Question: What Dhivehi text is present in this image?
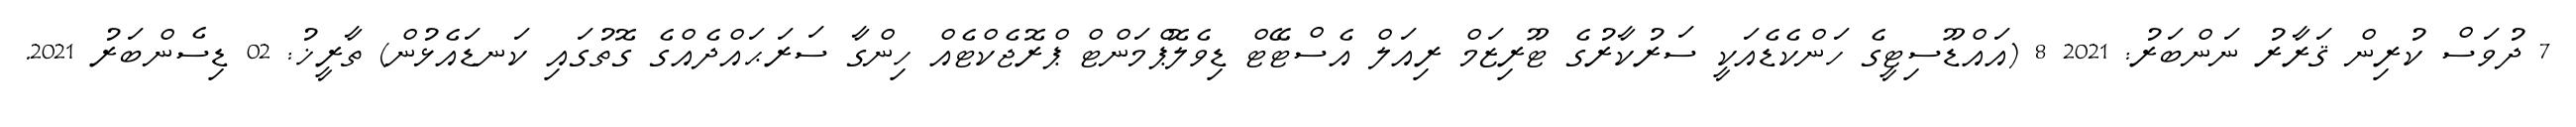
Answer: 7 ދުވަސް ކުރިން ޤަރާރު ނަންބަރު: 2021 8 (އައްޑޫސިޓީގެ ހަންކެޑެއަކީ ސަރުކާރުގެ ޓޫރިޒަމް ރިއަލް އެސްޓޭޓް ޑިވެލޮޕްމަންޓް ޕްރޮޖެކްޓެއް ހިންގާ ސަރަޙައްދެއްގެ ގޮތުގައި ކަނޑައެޅުން) ތާރީޚު: 02 ޑިސެންބަރު 2021.